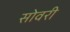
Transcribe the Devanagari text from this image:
सोवरी